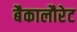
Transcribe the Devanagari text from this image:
बैकालौरेट